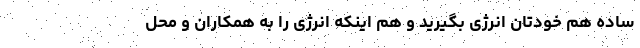
ساده هم خودتان انرژی بگیرید و هم اینکه انرژی را به همکاران و محل